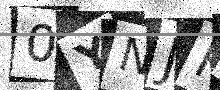
Text: 0YNJK0